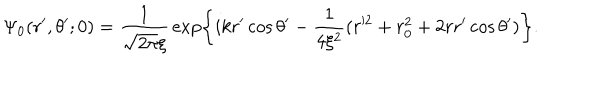
\Psi _ { \mathrm { { 0 } } } ( r ^ { \prime } , \theta ^ { \prime } ; 0 ) = { \frac { 1 } { \sqrt { 2 \pi } \xi } } \exp \left\{ i k r ^ { \prime } \cos \theta ^ { \prime } - { \frac { 1 } { 4 \xi ^ { 2 } } } ( r ^ { 2 } + r _ { 0 } ^ { 2 } + 2 r r ^ { \prime } \cos \theta ^ { \prime } ) \right\} .